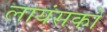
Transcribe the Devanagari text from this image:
लायंसको